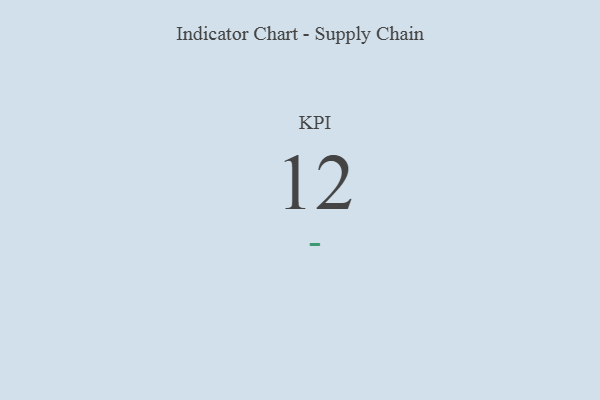
{"axis": {"x": "KPI", "y": "Value"}, "legend": [""], "data": [{"x": "KPI", "y": 12, "type": ""}]}